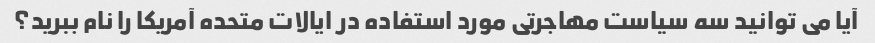
آیا می توانید سه سیاست مهاجرتی مورد استفاده در ایالات متحده آمریکا را نام ببرید؟